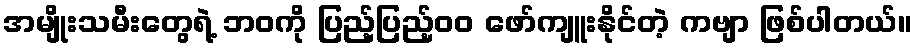
အမျိုးသမီးတွေရဲ့ ဘဝကို ပြည့်ပြည့်၀၀ ဖော်ကျူးနိုင်တဲ့ ကဗျာ ဖြစ်ပါတယ်။